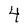
Character: 4